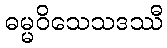
ဓမ္မဝိသေသဒဿီ